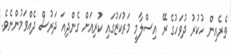
ތެރެއިން ހުކުރު ދުވަހުގެ ރޭ އިސްލާމީ މަރުކަޒުގައި ކުރިއަށް ގެންދިއަ ދަރުސް ދެއްވަމުންނެވެ.